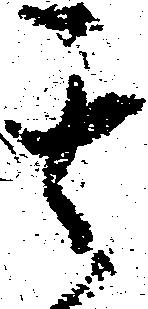
其